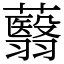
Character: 蘙